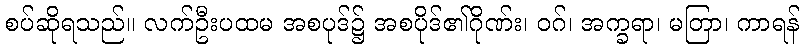
စပ်ဆိုရသည်။ လက်ဦးပထမ အစပုဒ်၌ အစပိုဒ်၏ဂိုဏ်း၊ ဝဂ်၊ အက္ခရာ၊ မတြာ၊ ကာရန်